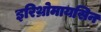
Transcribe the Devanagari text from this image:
इरिथ्रोमायसिन